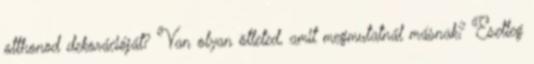
otthonod dekorációját? Van olyan ötleted, amit megmutatnál másnak? Esetleg